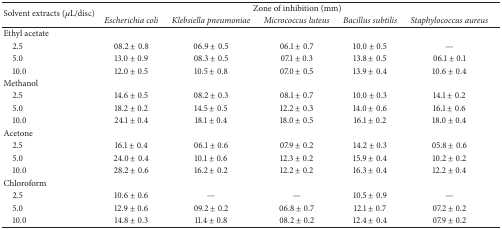
| <ROWSPAN=2> Solvent extracts (μL/disc) | <COLSPAN=5> Zone of inhibition (mm) |
 | Escherichia coli | Klebsiella pneumoniae | Micrococcus luteus | Bacillus subtilis | Staphylococcus aureus |
 | --- | --- | --- | --- | --- | --- |
 | Ethyl acetate |  |  |  |  |  |
 | 2.5 | 08.2 ± 0.8 | 06.9 ± 0.5 | 06.1 ± 0.7 | 10.0 ± 0.5 | — |
 | 5.0 | 13.0 ± 0.9 | 08.3 ± 0.5 | 07.1 ± 0.3 | 13.8 ± 0.5 | 06.1 ± 0.1 |
 | 10.0 | 12.0 ± 0.5 | 10.5 ± 0.8 | 07.0 ± 0.5 | 13.9 ± 0.4 | 10.6 ± 0.4 |
 | Methanol |  |  |  |  |  |
 | 2.5 | 14.6 ± 0.5 | 08.2 ± 0.3 | 08.1 ± 0.7 | 10.0 ± 0.3 | 14.1 ± 0.2 |
 | 5.0 | 18.2 ± 0.2 | 14.5 ± 0.5 | 12.2 ± 0.3 | 14.0 ± 0.6 | 16.1 ± 0.6 |
 | 10.0 | 24.1 ± 0.4 | 18.1 ± 0.4 | 18.0 ± 0.5 | 16.1 ± 0.2 | 18.0 ± 0.4 |
 | Acetone |  |  |  |  |  |
 | 2.5 | 16.1 ± 0.4 | 06.1 ± 0.6 | 07.9 ± 0.2 | 14.2 ± 0.3 | 05.8 ± 0.6 |
 | 5.0 | 24.0 ± 0.4 | 10.1 ± 0.6 | 12.3 ± 0.2 | 15.9 ± 0.4 | 10.2 ± 0.2 |
 | 10.0 | 28.2 ± 0.6 | 16.2 ± 0.2 | 12.2 ± 0.2 | 16.3 ± 0.4 | 12.2 ± 0.4 |
 | Chloroform |  |  |  |  |  |
 | 2.5 | 10.6 ± 0.6 | — | — | 10.5 ± 0.9 | — |
 | 5.0 | 12.9 ± 0.6 | 09.2 ± 0.2 | 06.8 ± 0.7 | 12.1 ± 0.7 | 07.2 ± 0.2 |
 | 10.0 | 14.8 ± 0.3 | 11.4 ± 0.8 | 08.2 ± 0.2 | 12.4 ± 0.4 | 07.9 ± 0.2 |